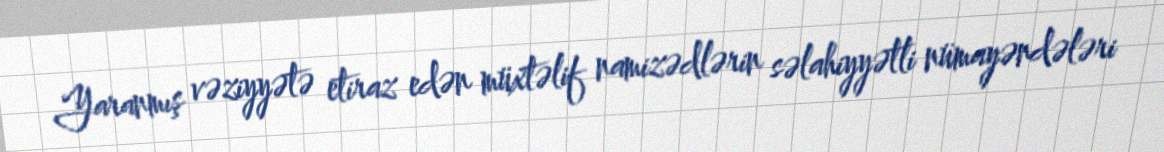
Yaranmış vəziyyətə etiraz edən müxtəlif namizədlərin səlahiyyətli nümayəndələri